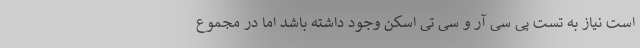
است نیاز به تست پی سی آر و سی تی اسکن وجود داشته باشد اما در مجموع